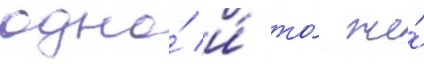
одно́ и́ то́ же́